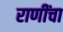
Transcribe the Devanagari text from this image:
राणींचा